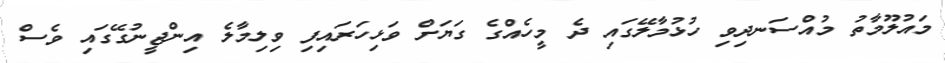
މައުލޫމާތު މުއްސަނދިވި ހުޅުމާލޭގައި ދެ މީހެއްގެ ގަޔަށް ވަޅިހަރައިފި ވިލިމާލެ އިންޖީނުގޭގައި ވެސް